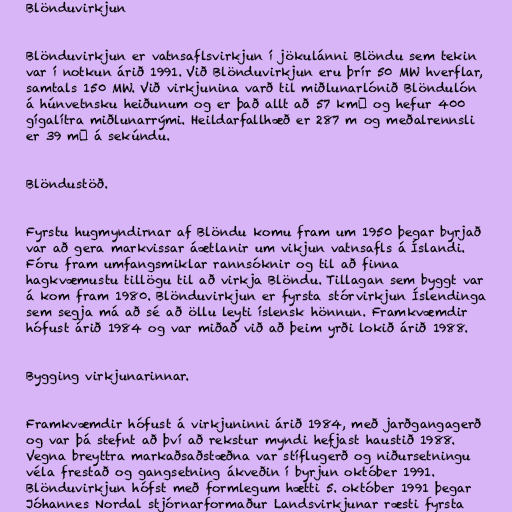
Blönduvirkjun

Blönduvirkjun er vatnsaflsvirkjun í jökulánni Blöndu sem tekin
var í notkun árið 1991. Við Blönduvirkjun eru þrír 50 MW hverflar,
samtals 150 MW. Við virkjunina varð til miðlunarlónið Blöndulón
á húnvetnsku heiðunum og er það allt að 57 km² og hefur 400
gígalítra miðlunarrými. Heildarfallhæð er 287 m og meðalrennsli
er 39 m³ á sekúndu.

Blöndustöð.

Fyrstu hugmyndirnar af Blöndu komu fram um 1950 þegar byrjað
var að gera markvissar áætlanir um vikjun vatnsafls á Íslandi.
Fóru fram umfangsmiklar rannsóknir og til að finna
hagkvæmustu tillögu til að virkja Blöndu. Tillagan sem byggt var
á kom fram 1980. Blönduvirkjun er fyrsta stórvirkjun Íslendinga
sem segja má að sé að öllu leyti íslensk hönnun. Framkvæmdir
hófust árið 1984 og var miðað við að þeim yrði lokið árið 1988.

Bygging virkjunarinnar.

Framkvæmdir hófust á virkjuninni árið 1984, með jarðgangagerð
og var þá stefnt að því að rekstur myndi hefjast haustið 1988.
Vegna breyttra markaðsaðstæðna var stíflugerð og niðursetningu
véla frestað og gangsetning ákveðin í byrjun október 1991.
Blönduvirkjun hófst með formlegum hætti 5. október 1991 þegar
Jóhannes Nordal stjórnarformaður Landsvirkjunar ræsti fyrsta